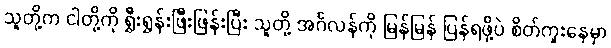
သူတို့က ငါတို့ကို ရွှီးရွှန်းဖြီးဖြန်းပြီး သူတို့ အင်္ဂလန်ကို မြန်မြန် ပြန်ရဖို့ပဲ စိတ်ကူးနေမှာ